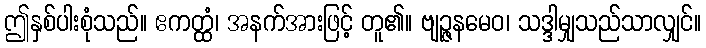
ဤနှစ်ပါးစုံသည်။ ဧကတ္ထံ၊ အနက်အားဖြင့် တူ၏။ ဗျဉ္ဇနမေဝ၊ သဒ္ဒါမျှသည်သာလျှင်။